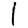
Digit: 1